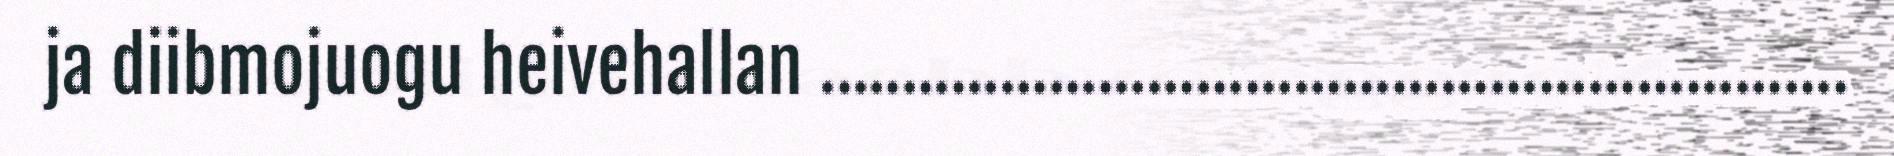
ja diibmojuogu heivehallan ...............................................................